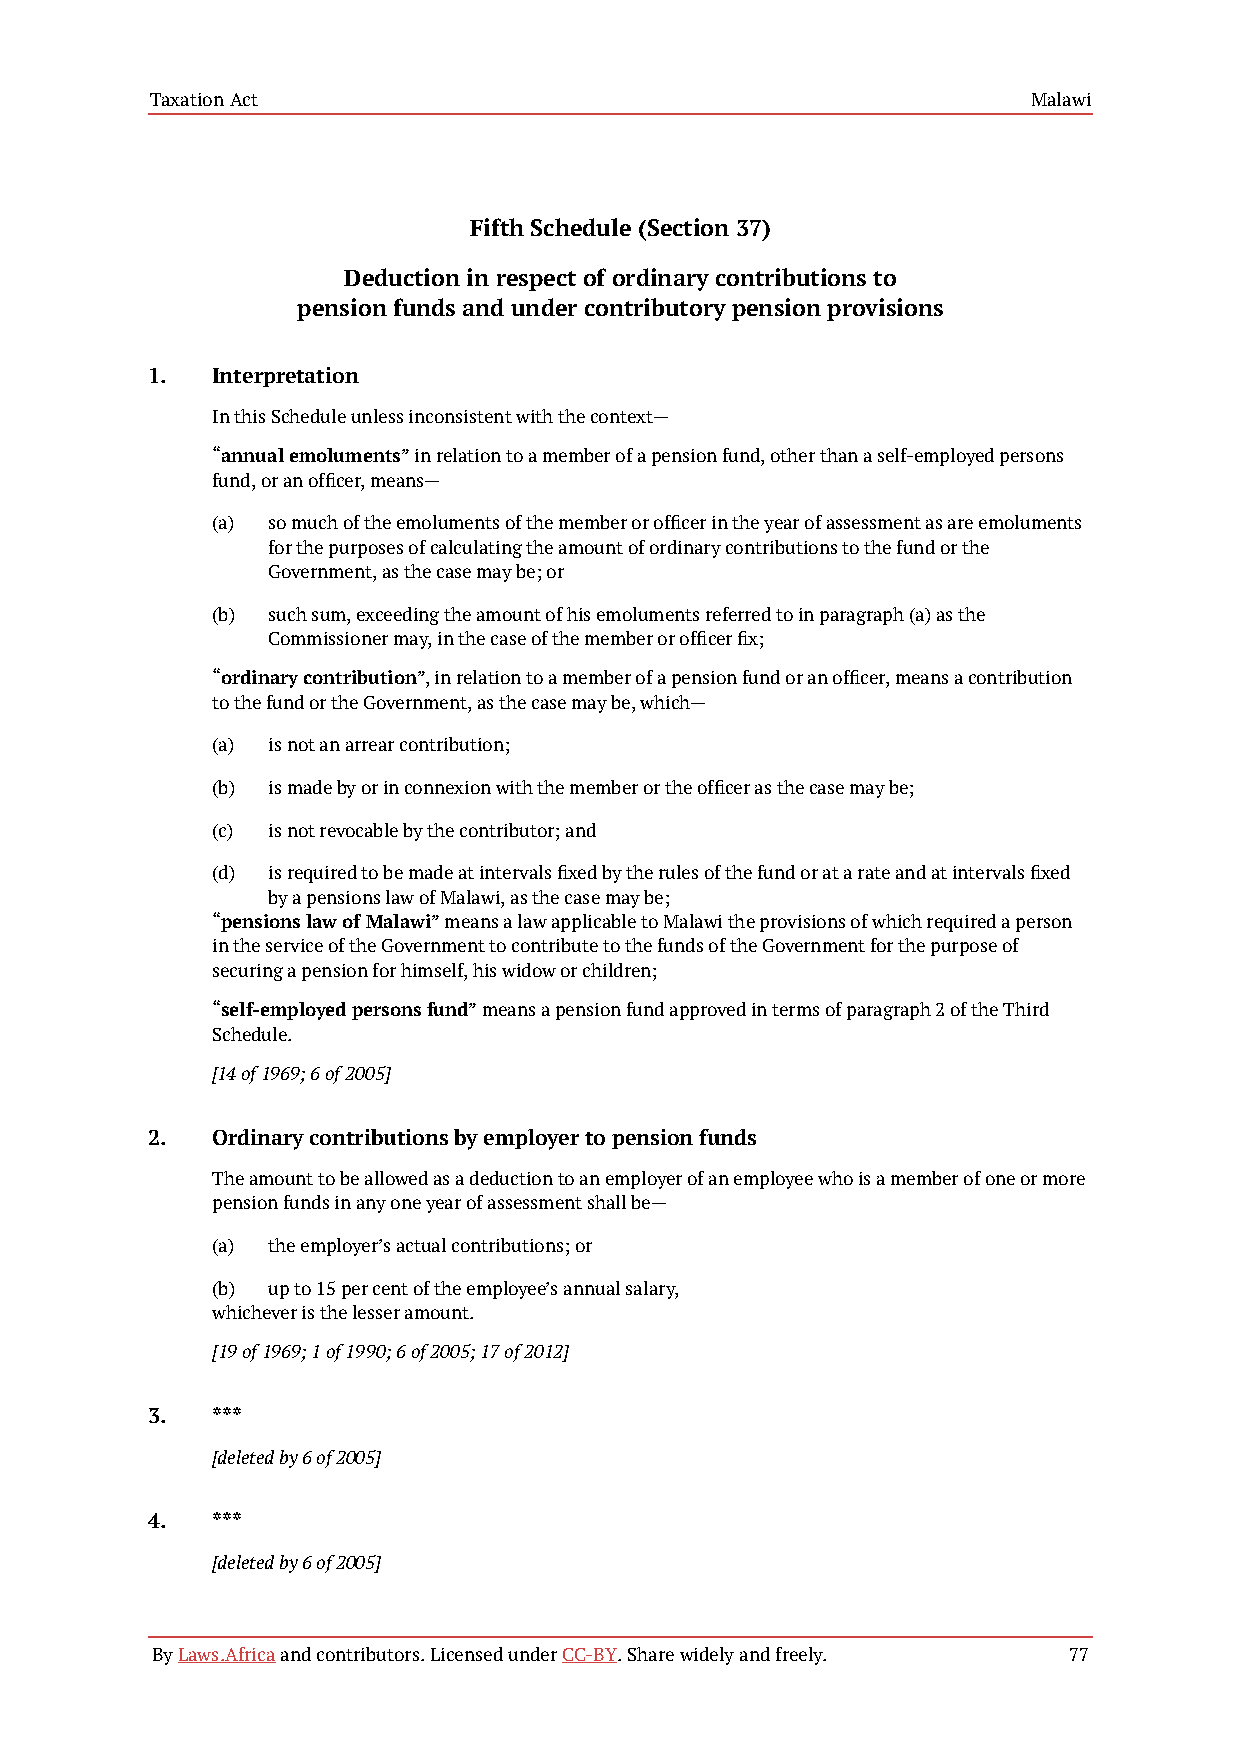
Taxation Act                                              Malawi
 Fifth Schedule (Section 37)
 Deduction in respect of ordinary contributions to
 pension funds and under contributory pension provisions
 1.  Interpretation
 In this Schedule unless inconsistent with the context—
 “annual emoluments” in relation to a member of a pension fund, other than a self-employed persons
 fund, or an officer, means—
 (a) so much of the emoluments of the member or officer in the year of assessment as are emoluments
 for the purposes of calculating the amount of ordinary contributions to the fund or the
 Government, as the case may be; or
 (b) such sum, exceeding the amount of his emoluments referred to in paragraph (a) as the
 Commissioner may, in the case of the member or officer fix;
 “ordinary contribution”, in relation to a member of a pension fund or an officer, means a contribution
 to the fund or the Government, as the case may be, which—
 (a) is not an arrear contribution;
 (b) is made by or in connexion with the member or the officer as the case may be;
 (c) is not revocable by the contributor; and
 (d) is required to be made at intervals fixed by the rules of the fund or at a rate and at intervals fixed
 by a pensions law of Malawi, as the case may be;
 “pensions law of Malawi” means a law applicable to Malawi the provisions of which required a person
 in the service of the Government to contribute to the funds of the Government for the purpose of
 securing a pension for himself, his widow or children;
 “self-employed persons fund” means a pension fund approved in terms of paragraph 2 of the Third
 Schedule.
 [14 of 1969; 6 of 2005]
 2.  Ordinary contributions by employer to pension funds
 The amount to be allowed as a deduction to an employer of an employee who is a member of one or more
 pension funds in any one year of assessment shall be—
 (a) the employer’s actual contributions; or
 (b) up to 15 per cent of the employee’s annual salary,
 whichever is the lesser amount.
 [19 of 1969; 1 of 1990; 6 of 2005; 17 of 2012]
 3.  ***
 [deleted by 6 of 2005]
 4.  ***
 [deleted by 6 of 2005]
 By Laws.Africa and contributors. Licensed under CC-BY. Share widely and freely. 77